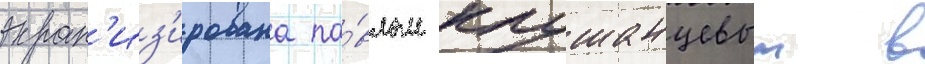
экран'из'ирована па́влом клушанцевым в